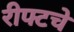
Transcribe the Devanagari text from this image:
रीफ्टचे